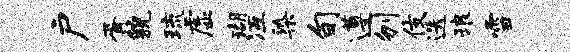
户胥貌琉虚瑚冱染旬遵刎伎迭琅雪